Vaccine operations Central Provinces 1886-1899 - 1886-1899
Year: 1886
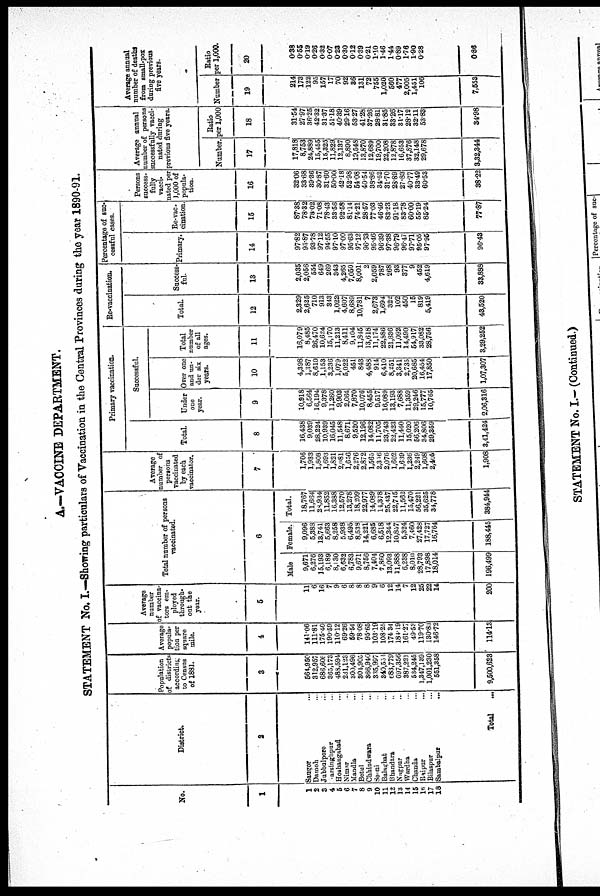
A.—VACCINE DEPARTMENT.
STATEMENT No. I.—Showing particulars of Vaccination in the Central Provinces during the year 1890-91.
No.
1
1
2
3
4
5
6
7
8
9
10
11
12
13
14
15
16
17
18
District.
2
Saugor...
Damoh...
Jubbulpore... ...
Narsinghpur...
Hoshangabad ...
Nimar... ...
Mandla ...
Betul ...
Chhindwara ...
Seoni... ...
Balaghat ...
Bhandara ...
Nagpur ...
Wardha ...
Chanda... ... ...
Raipur... ... ...
Bilaspur... ... ...
Sambalpur...
...
...
Total
...
Population
of districts
according
to Census
of 1881.
3
564,950
312,957
686,606
365,173
488,594
231,123
300,496
304,905
366,940
335,997
340,554
688,779
697,356
387,221
534,245
1,347,139
1,001,230
551,358
9,500,623
Average
popula-
tion per
square
mile.
4
141.06
111.81
175.40
190.59
110.12
69.26
59.54
78.08
95.65
103.19
108.25
174.34
184.19
161.27
49.53
119.70
130.88
146.72
114.13
Average
number
of vaccina¬
tors em¬
ployed
through¬
out the
year.
5
11
6
16
7
9
6
8
8
8
9
6
12
14
7
12
25
22
14
200
Total number of persons
vaccinated.
6
Male
9,671
6,276
15,193
6,189
8,130
6,632
6,783
9,671
8,756
7,404
7,860
13,093
11,888
6,238
8,010
28,793
17,898
18,014
196,499
Female.
9,096
5,388
13,741
5,663
8,258
5,938
6,495
8,538
14,221
6,685
6,518
12,344
10,857
5,324
7,460
27,428
17,727
16,764
188,445
Total.
18,767
11,664
28,934
11,852
16,388
12,570
13,278
18,209
22,977
14,089
14,378
25,437
22,745
11,562
15,470
56,221
35,625
34,778
384,944
Average
number of
persons
Vaccinated
by each
vaccinator.
7
1,706
1,933
1,808
1,693
1,821
2,081
1,656
2,276
2,872
1,565
2,356
2,076
1,602
1,689
1,236
2,249
1,608
2,405
1,908
Primary vaccination.
Re-vaccination.
Successful.
Total.
8
16,438
9,039
28,224
10,939
16,045
11,548
8,671
9,520
12,196
14,082
11,705
23,743
22,423
11,460
15,020
56,206
34,806
29,359
3,41,424
Under
one
year.
9
10,918
6,564
16,194
9,378
11,260
9,903
2,064
7,870
10,076
8,455
9,517
16,089
13,193
7,688
11,359
29,246
15,777
10,765
2,06,316
Over one
and un-
der six
years.
10
4,398
1,387
8,610
1,153
3,236
1,079
5,022
451
843
4,488
914
6,410
8,251
3,341
2,735
20,685
16,454
17,850
1,07,307
Total
number
of all
ages.
11
16,079
8,485
26,470
10,624
15,170
11,213
8,411
9,104
11,845
13,618
11,174
22,886
21,836
11,092
14,490
54,917
33,082
28,756
3,29,252
Total.
12
2,329
2,625
710
913
343
1,022
4,607
8,689
10,781
7
2,673
1,694
322
102
450
15
819
5,419
43,520
Success¬
ful.
13
2,035
2,056
554
649
269
343
4,265
7,050
8,001
2
2,059
787
268
93
377
9
452
4,619
33,888
Percentage of suc¬
cessful cases.
Primary.
14
97.82
93.87
93.78
97.12
94.55
97.10
97.00
95.63
97.12
96.63
95.46
96.39
97.38
96.79
96.47
97.71
95.05
97.95
96.43
Re-vac¬
cination.
15
87.38
78.32
78.02
71.08
78.43
33.56
92.58
81.14
74.21
28.57
77.03
46.46
83.23
91.18
83.78
60.00
55.19
85.24
77.87
Persons
success-
fully
vacci-
nated per
1,000 of
popula-
tion.
16
32.06
33.68
39.36
30.87
31.60
50.00
42.18
52.98
54.08
40.54
38.86
34.62
31.70
28.89
27.83
40.77
33.49
60.53
38.22
Average annual
number of persons
successfully vacci-
nated during
previous five years.
Number.
17
17,818
8,753
24,889
15,455
15,325
11,829
12,137
8,890
19,548
13,870
12,689
19,700
22,208
12,878
16,653
37,876
32,148
29,678
3,32,344
Ratio
per 1,000
18
31.54
27.97
36.25
42.32
31.37
51.18
40.39
29.16
53.27
41.28
37.26
28.81
31.85
33.26
31.17
28.12
32.11
53.83
34.98
Average annual
number of deaths
from small-pox
during previous
five years.
Number
19
214
173
122
95
157
17
70
92
36
131
72
755
1,020
560
477
2,005
1,451
106
7,553
Ratio
per 1,000.
20
0.38
0.55
0.19
0.26
0.32
0.07
0.23
0.30
0.12
0.39
0.21
1.10
1.46
1.44
0.89
1.76
1.90
0.28
0.86